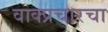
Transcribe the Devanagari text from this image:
वाक्प्रचारचा